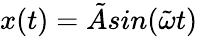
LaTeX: x(t)=\tilde{A}sin(\tilde{\omega}t)